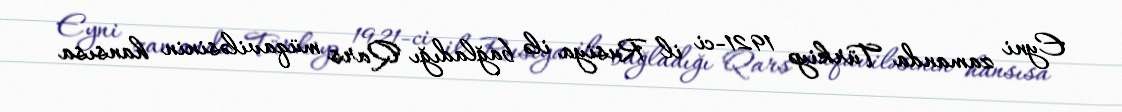
Eyni zamanda Türkiyə 1921-ci il Rusiya ilə bağladığı Qars müqaviləsinin hansısa